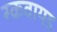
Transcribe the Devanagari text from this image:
स्कवायड